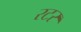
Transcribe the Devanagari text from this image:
रटर